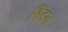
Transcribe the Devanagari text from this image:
बिंडन